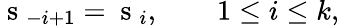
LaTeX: \mathrm{~s~}_{-i+1}=\mathrm{~s~}_{i},\qquad 1\leq i\leq k,